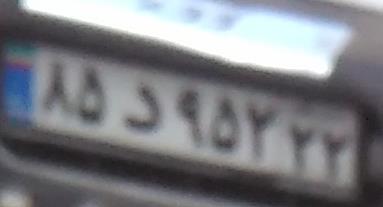
۸۵د۹۵۲۲۲